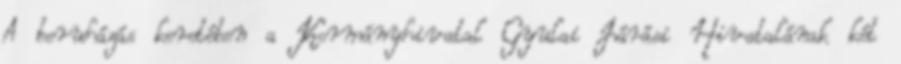
A beruházás keretében a Kormányhivatal Gyulai Járási Hivatalának két